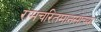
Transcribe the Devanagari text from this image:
रामचरितमानसाच्या